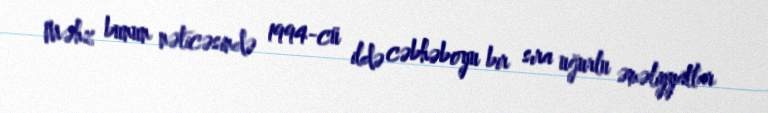
Məhz bunun nəticəsində 1994-cü ildə cəbhəboyu bir sıra uğurlu əməliyyatlar